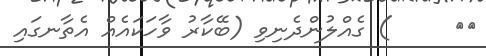
١١     ) ގެއްލުންދެނިވި (ބޭކާރު ވާހަކައެއް އެތާނގައި